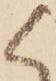
く